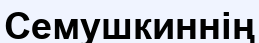
Семушкиннің